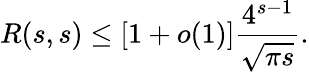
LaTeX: R(s,s)\leq[1+o(1)]{\frac{4^{s-1}}{\sqrt{\pi s}}}.